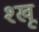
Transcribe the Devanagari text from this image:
श्खू